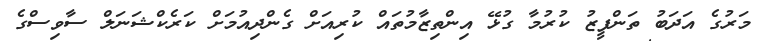
މަރުގެ އަދަބު ތަންފީޒު ކުރުމާ ގުޅޭ އިންތިޒާމުތައް ކުރިއަށް ގެންދިއުމަށް ކަރެކްޝަނަލް ސާވިސްގެ